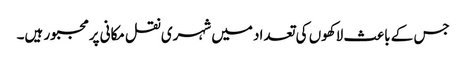
جس کے باعث لاکھوں کی تعداد میں شہری نقل مکانی پرمجبور ہیں۔